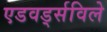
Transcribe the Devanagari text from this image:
एडवर्ड्सविले